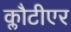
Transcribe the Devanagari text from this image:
क्लौटीएर